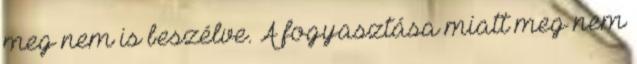
meg nem is beszélve. A fogyasztása miatt meg nem